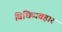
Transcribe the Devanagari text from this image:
विधिव्यवहार